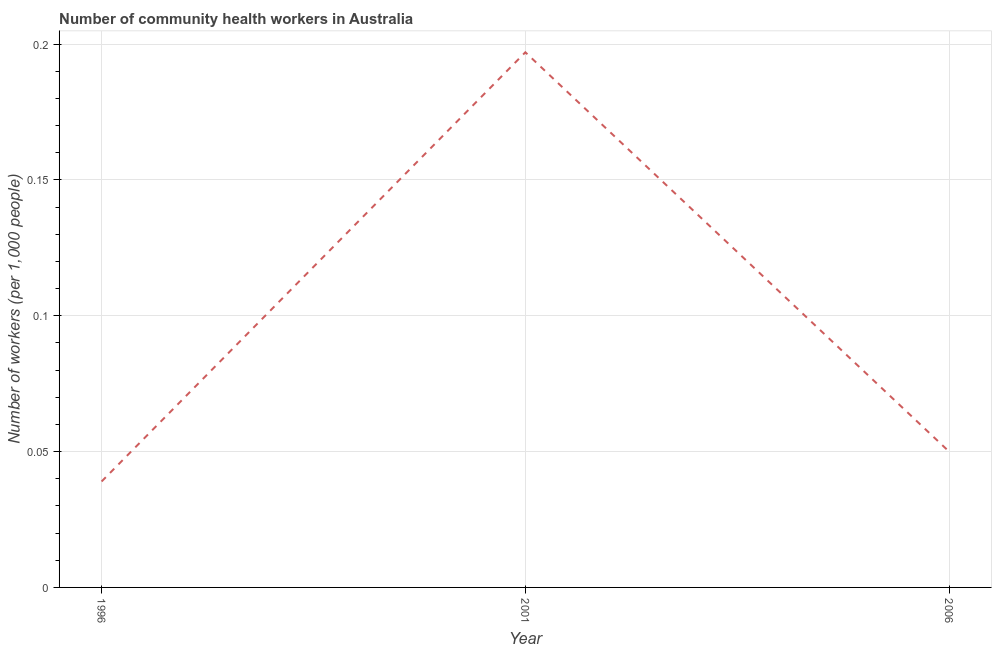
| Year | Community health workers |
 | --- | --- |
 | 1996 | 0.039 |
 | 2001 | 0.197 |
 | 2006 | 0.05 |